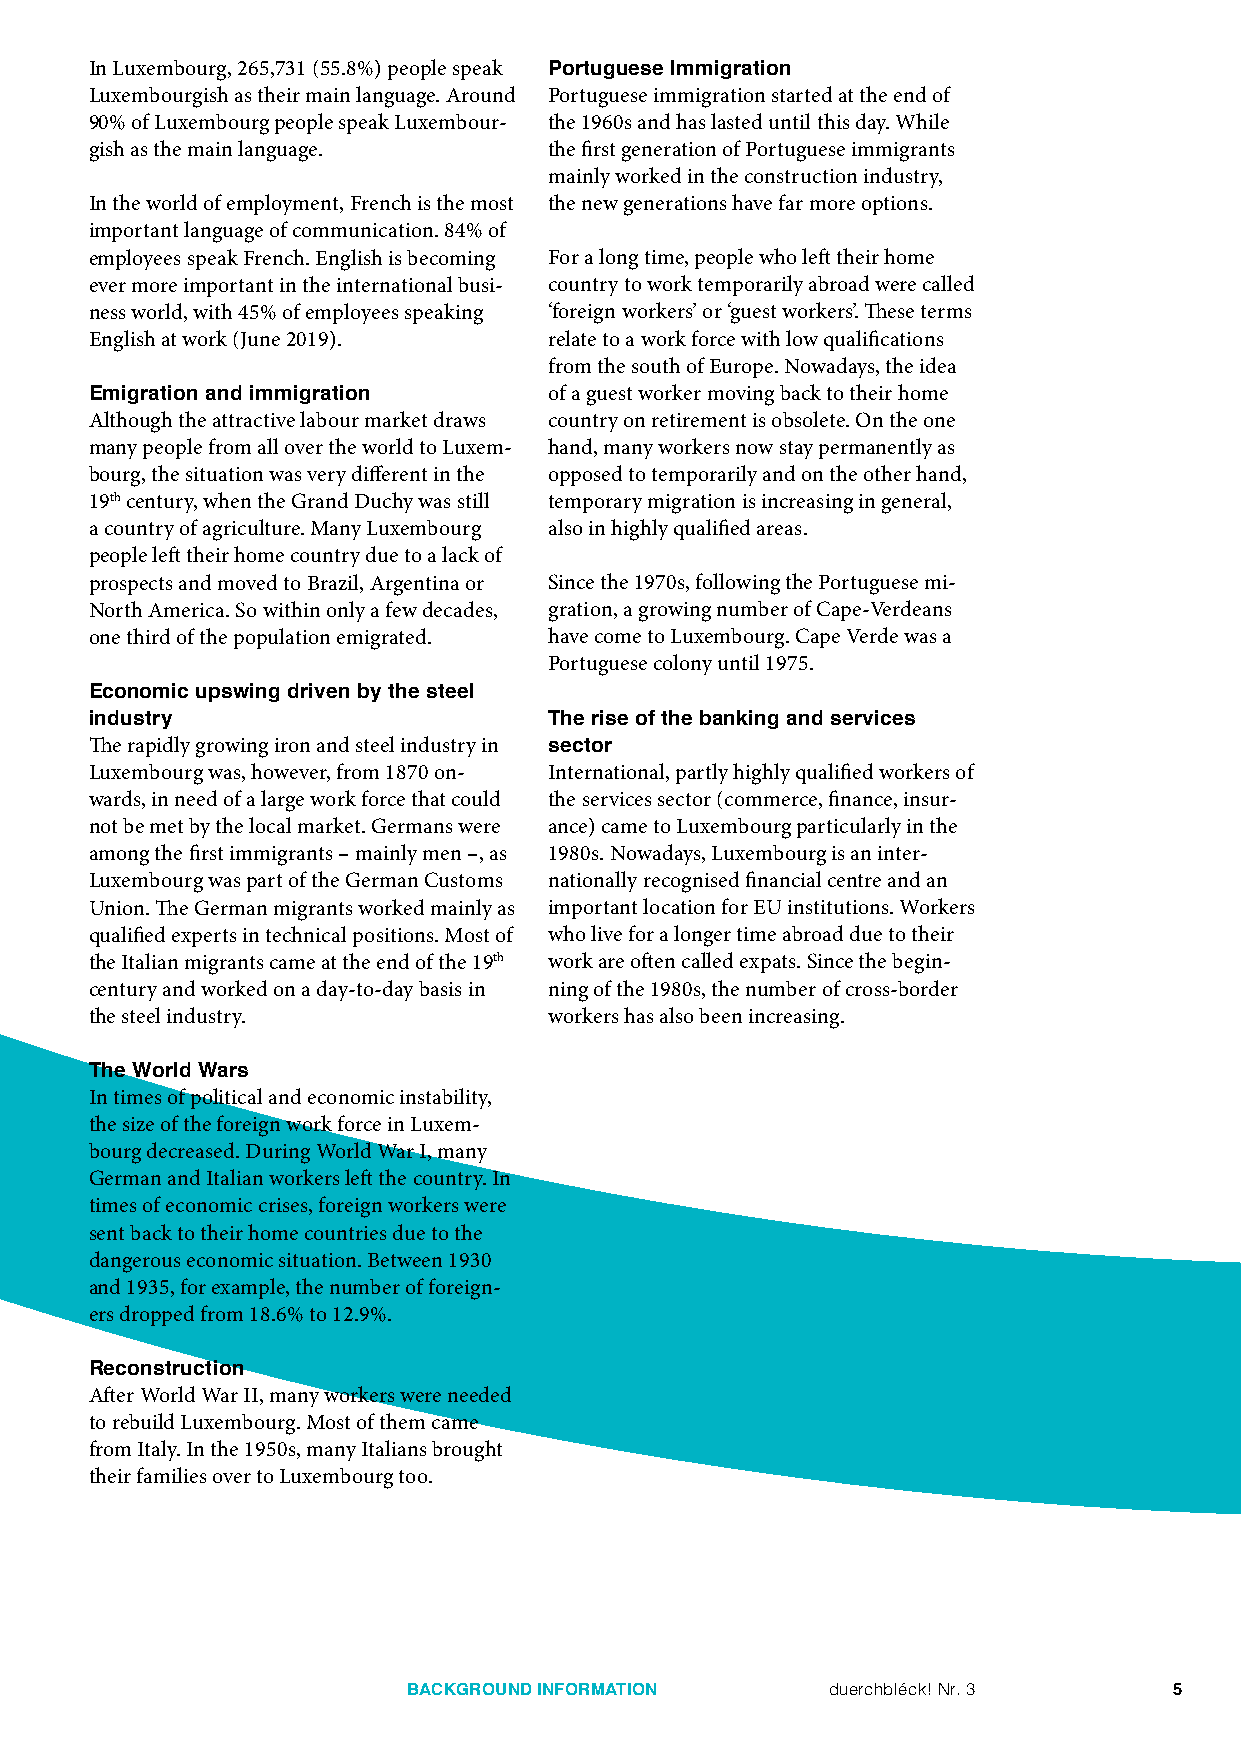
In Luxembourg, 265,731 (55.8%) people speak Portuguese Immigration
 Luxembourgish as their main language. Around Portuguese immigration started at the end of
 90% of Luxembourg people speak Luxembour­ the 1960s and has lasted until this day. While
 gish as the main language.    the first generation of Portuguese immigrants
 mainly worked in the construction industry,
 In the world of employment, French is the most the new generations have far more options.
 important language of communication. 84% of
 employees speak French. English is becoming For a long time, people who left their home
 ever more important in the international busi­ country to work temporarily abroad were called
 ness world, with 45% of employees speaking ‘foreign workers’ or ‘guest workers’. These terms
 English at work (June 2019).  relate to a work force with low qualifications
 from the south of Europe. Nowadays, the idea
 Emigration and immigration    of a guest worker moving back to their home
 Although the attractive labour market draws country on retirement is obsolete. On the one
 many people from all over the world to Luxem­ hand, many workers now stay permanently as
 bourg, the situation was very different in the opposed to temporarily and on the other hand,
 19th century, when the Grand Duchy was still temporary migration is increasing in general,
 a country of agriculture. Many Luxembourg also in highly qualified areas.
 people left their home country due to a lack of
 prospects and moved to Brazil, Argentina or Since the 1970s, following the Portuguese mi­
 North America. So within only a few decades, gration, a growing number of Cape­Verdeans
 one third of the population emigrated. have come to Luxembourg. Cape Verde was a
 Portuguese colony until 1975.
 Economic upswing driven by the steel
 industry                      The rise of the banking and services
 The rapidly growing iron and steel industry in sector
 Luxembourg was, however, from 1870 on­ International, partly highly qualified workers of
 wards, in need of a large work force that could the services sector (commerce, finance, insur­
 not be met by the local market. Germans were ance) came to Luxembourg particularly in the
 among the first immigrants – mainly men –, as 1980s. Nowadays, Luxembourg is an inter­
 Luxembourg was part of the German Customs nationally recognised financial centre and an
 Union. The German migrants worked mainly as important location for EU institutions. Workers
 qualified experts in technical positions. Most of who live for a longer time abroad due to their
 the Italian migrants came at the end of the 19th work are often called expats. Since the begin­
 century and worked on a day­to­day basis in ning of the 1980s, the number of cross­border
 the steel industry.           workers has also been increasing.
 The World Wars
 In times of political and economic instability,
 the size of the foreign work force in Luxem­
 bourg decreased. During World War I, many
 German and Italian workers left the country. In
 times of economic crises, foreign workers were
 sent back to their home countries due to the
 dangerous economic situation. Between 1930
 and 1935, for example, the number of foreign­
 ers dropped from 18.6% to 12.9%.
 Reconstruction
 After World War II, many workers were needed
 to rebuild Luxembourg. Most of them came
 from Italy. In the 1950s, many Italians brought
 their families over to Luxembourg too.
 BACKGROUND INFORMATION      duerchbléck! Nr. 3     5